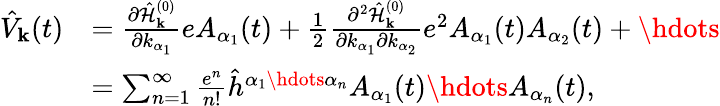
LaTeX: \begin{array}{rl}{\hat{V}_{\mathbf{k}}(t)}&{=\frac{\partial\hat{\mathcal{H}}_{\mathbf{k}}^{(0)}}{\partial k_{\alpha_{1}}}eA_{\alpha_{1}}(t)+\frac{1}{2}\frac{\partial^{2}\hat{\mathcal{H}}_{\mathbf{k}}^{(0)}}{\partial k_{\alpha_{1}}\partial k_{\alpha_{2}}}e^{2}A_{\alpha_{1}}(t)A_{\alpha_{2}}(t)+\hdots}\\ &{=\sum_{n=1}^{\infty}\frac{e^{n}}{n!}\hat{h}^{\alpha_{1}\hdots\alpha_{n}}A_{\alpha_{1}}(t)\hdots A_{\alpha_{n}}(t)\mathrm{,}}\end{array}